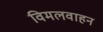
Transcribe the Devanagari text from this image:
विमलवाहन